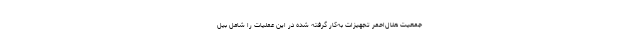
جمعیت هلال‌احمر تجهیزات به‌کار گرفته شده در این عملیات را شامل بیل